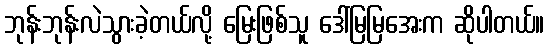
ဘုန်းဘုန်းလဲသွားခဲ့တယ်လို့ မြေးဖြစ်သူ ဒေါ်မြမြအေးက ဆိုပါတယ်။